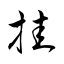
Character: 挂